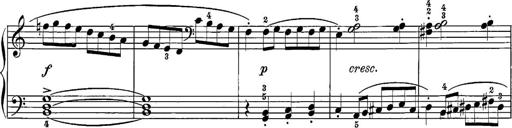
Title: 12 Sonatine per Pianoforte
Composer: Friedrich Kuhlau